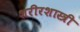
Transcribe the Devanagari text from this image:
शरीरशास्त्री